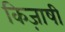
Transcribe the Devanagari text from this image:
किज़ाषी